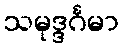
သမုဒ္ဒင်္ဂမာ